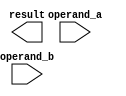
module modified_booth_multiplier (

  input [15:0] operand_a,
  input [15:0] operand_b,
  
  output [31:0] result
  
);

  wire [15:0] a_encoded;
  wire [15:0] b_encoded;
  
  // Encoding operands using modified Booth algorithm
  // Code for encoding process goes here
  
  // Generating partial products using arithmetic blocks
  // Code for generating partial products goes here
  
  // Combining and summing partial products
  // Code for combining and summing partial products goes here
  
  // Final reduction stage to compute result
  // Code for final reduction stage goes here
  
endmodule